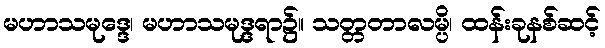
မဟာသမုဒ္ဒေ၊ မဟာသမုဒ္ဒရာ၌။ သတ္တတာလမ္ပိ၊ ထန်းခုနစ်ဆင့်